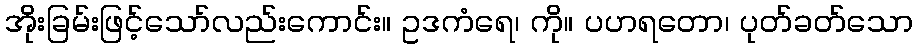
အိုးခြမ်းဖြင့်သော်လည်းကောင်း။ ဥဒကံရေ၊ ကို။ ပဟရတော၊ ပုတ်ခတ်သော